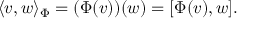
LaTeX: \langle v , w \rangle _ { \Phi } = ( \Phi ( v ) ) ( w ) = [ \Phi ( v ) , w ] .